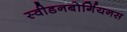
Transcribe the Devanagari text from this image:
स्वीडनबोर्गियनस